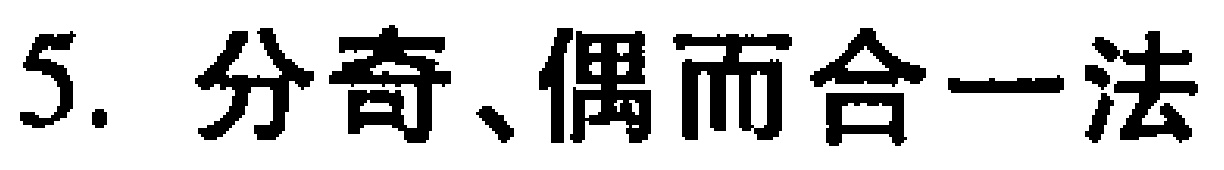
5. 分奇、偶而合一法